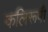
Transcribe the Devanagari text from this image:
कलिरूपी